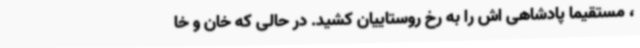
، مستقیما پادشاهی اش را به رخ روستاییان کشید. در حالی که خان و خا